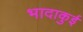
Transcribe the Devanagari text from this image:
भादाकुई